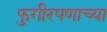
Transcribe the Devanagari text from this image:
फुगीरपणाच्या